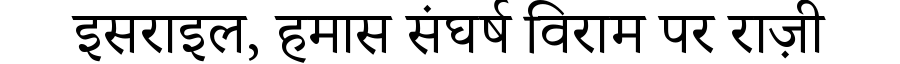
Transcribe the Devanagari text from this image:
इसराइल, हमास संघर्ष विराम पर राज़ी